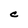
Character: C